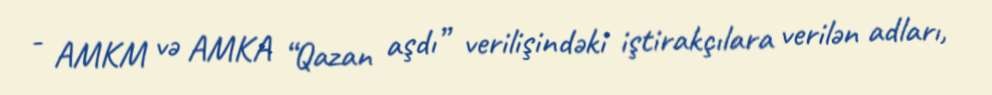
- AMKM və AMKA “Qazan aşdı” verilişindəki iştirakçılara verilən adları,